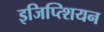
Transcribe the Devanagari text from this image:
इजिप्त्शियन